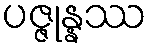
ပဇ္ဇုန္နဿ